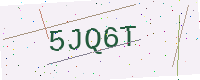
Text: 5JQ6T